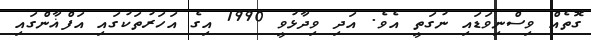
ގޮތެއް ވިސްނިވަޑައި ނުގަތީ އެވެ. އަދި ވިދާޅުވީ 1990 އިގެ އަހަރުތަކުގައި އަފްޣާންގައި